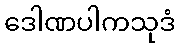
ဒေါဏပါကသုဒံ